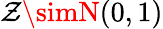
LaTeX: \mathcal{Z}\simN(0,1)